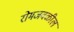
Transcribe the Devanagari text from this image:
रोमजवळील